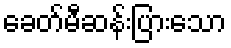
ခေတ်မီဆန်းပြားသော